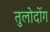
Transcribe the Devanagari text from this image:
तुलोदोंग